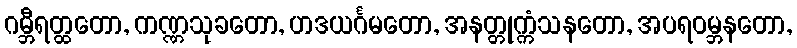
ဂမ္ဘီရတ္ထတော, ကဏ္ဏသုခတော, ဟဒယင်္ဂမတော, အနတ္တုက္ကံသနတော, အပရဝမ္ဘနတော,